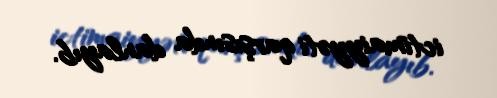
ictimaiyyəti qarşısında danlayıb.